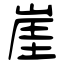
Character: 崖